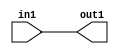
`timescale 1ps / 1ps

// Generated by Cadence Genus(TM) Synthesis Solution 17.11-s014_1
// Generated on: May  5 2021 02:43:13 CST (May  4 2021 18:43:13 UTC)

module DC_Filter_Add_5U_13_4(in1, out1);
  input [4:0] in1;
  output [4:0] out1;
  wire [4:0] in1;
  wire [4:0] out1;
  assign out1[0] = in1[0];
  assign out1[1] = in1[1];
  assign out1[2] = in1[2];
  assign out1[3] = in1[3];
  assign out1[4] = in1[4];
endmodule